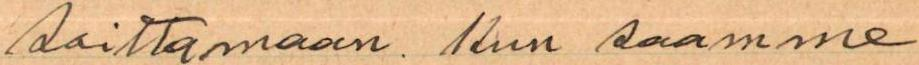
soittamaan. Kun saamme